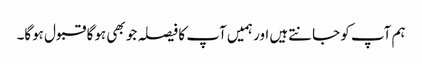
ہم آپ کو جانتےہیں اور ہمیں آپ کا فیصلہ جو بھی ہوگا قبول ہوگا۔